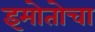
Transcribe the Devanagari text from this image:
इमोतोचा